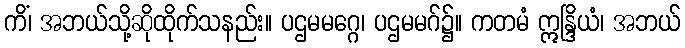
ကိံ၊ အဘယ်သို့ဆိုထိုက်သနည်း။ ပဌမမဂ္ဂေ၊ ပဌမမဂ်၌။ ကတမံ ဣန္ဒြိယံ၊ အဘယ်